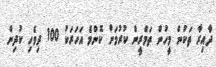
ދާއިރާ ތަކުން މީހުން ތަމްރީން ކުރުމަށް ކޮންމެ އަހަރަކު 100 ދިވެހި ކުދިން